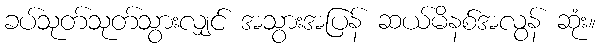
ခပ်သုတ်သုတ်သွားလျှင် အသွားအပြန် ဆယ်မိနစ်အလွန် ဆုံး။